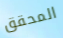
المحقق